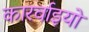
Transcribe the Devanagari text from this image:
कारर्वाइयों